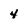
Character: 4